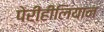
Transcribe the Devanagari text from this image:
पेरीहीलियान